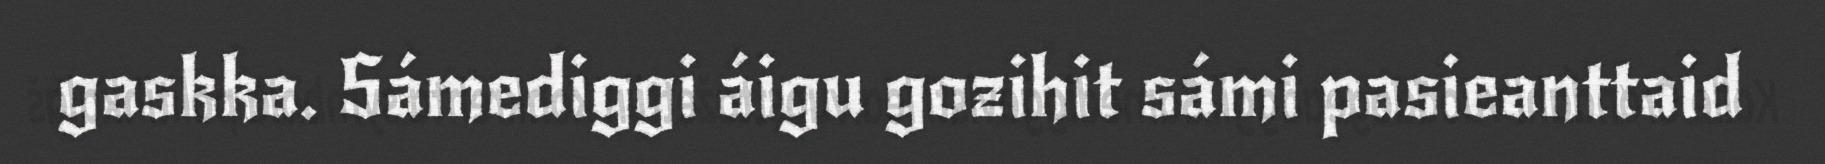
gaskka. Sámediggi áigu gozihit sámi pasieanttaid